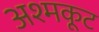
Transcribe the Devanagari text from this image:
अश्मकूट